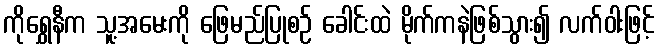
ကိုရွှေနီက သူ့အမေးကို ဖြေမည်ပြုစဉ် ခေါင်းထဲ မိုက်ကနဲဖြစ်သွား၍ လက်ဝါးဖြင့်